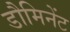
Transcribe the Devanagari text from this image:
डौमिनेंट